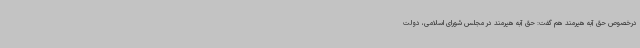
درخصوص حق آبه هیرمند هم گفت: حق آبه هیرمند در مجلس شورای اسلامی، دولت